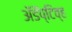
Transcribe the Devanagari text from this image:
अॅडॅप्टिव्ह